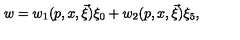
w = w _ { 1 } ( p , x , \vec { \xi } ) \xi _ { 0 } + w _ { 2 } ( p , x , \vec { \xi } ) \xi _ { 5 } ,